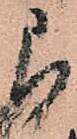
被